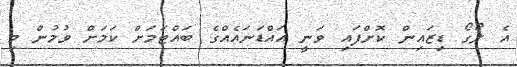
އެ ލޯގޯ ޑިޒައިން ކޮށްފައި ވަނީ އައްޑަނައެއްގެ ބައްޓަމަށް ކަމަށް ވުމުން މި